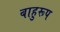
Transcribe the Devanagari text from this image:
बाहुरूप